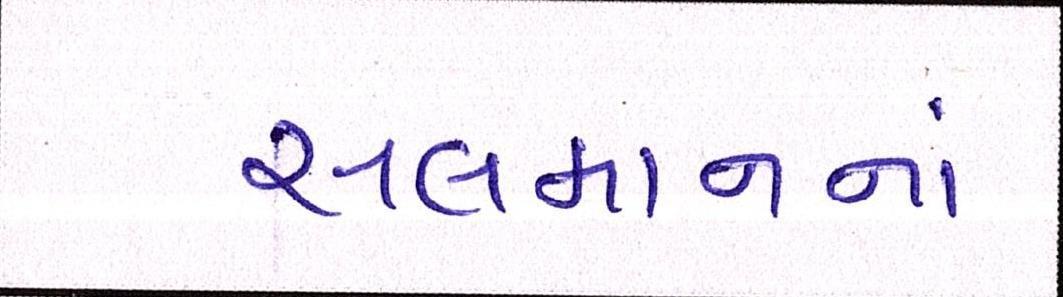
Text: સલમાનનાં